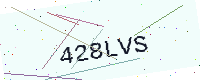
Text: 428LVS